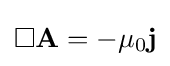
\Box \mathbf {A} =-\mu _{0}\mathbf {j}